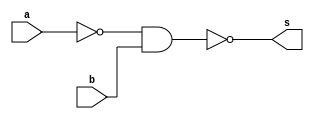

module Guia_0502 (
    output s,
    input  a,
    input  b
);


  /*
	Manipulando a expresso para que encaixe mais facilmente na porta NAND
	
	(a|~b) = ~(~(a|~b)) = ~(~a&b)
	
*/

  //Dados

  wire not_a;

  //Portas

  nand NOTa (not_a, a, 1);

  nand nand_gate (s, not_a, b);

endmodule


module teste;

  //Dados para teste

  reg  a;
  reg  b;
  wire s;

  Guia_0502 moduloTeste (
      s,
      a,
      b
  );

  initial begin : main

    $display(" a - b - s ");

    // projetar testes do modulo
    /*
			Fazendo a tabela verdade para prever resultados
			
				| a | b |  ~(~a&b)|
				|---|---|---------|
				| 0 | 0 |    1    |
				| 0 | 1 |    0    |
				| 1 | 0	|    1    |
				| 1 | 1 |    1    |
		*/


    $monitor("%4b %4b %4b", s, a, b);
    a = 1'b0;
    b = 1'b0;
    #1 a = 1'b0;
    b = 1'b1;
    #1 a = 1'b1;
    b = 1'b0;
    #1 a = 1'b1;
    b = 1'b1;
  end
endmodule